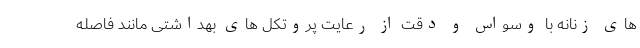
های زنانه با وسواس و دقت از رعایت پروتکل های بهداشتی مانند فاصله